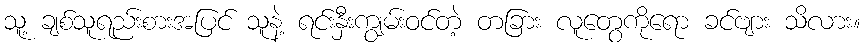
သူ့ ချစ်သူရည်းစားအပြင် သူနဲ့ ရင်းနှီးကျွမ်းဝင်တဲ့ တခြား လူတွေကိုရော ခင်ဗျား သိလား။